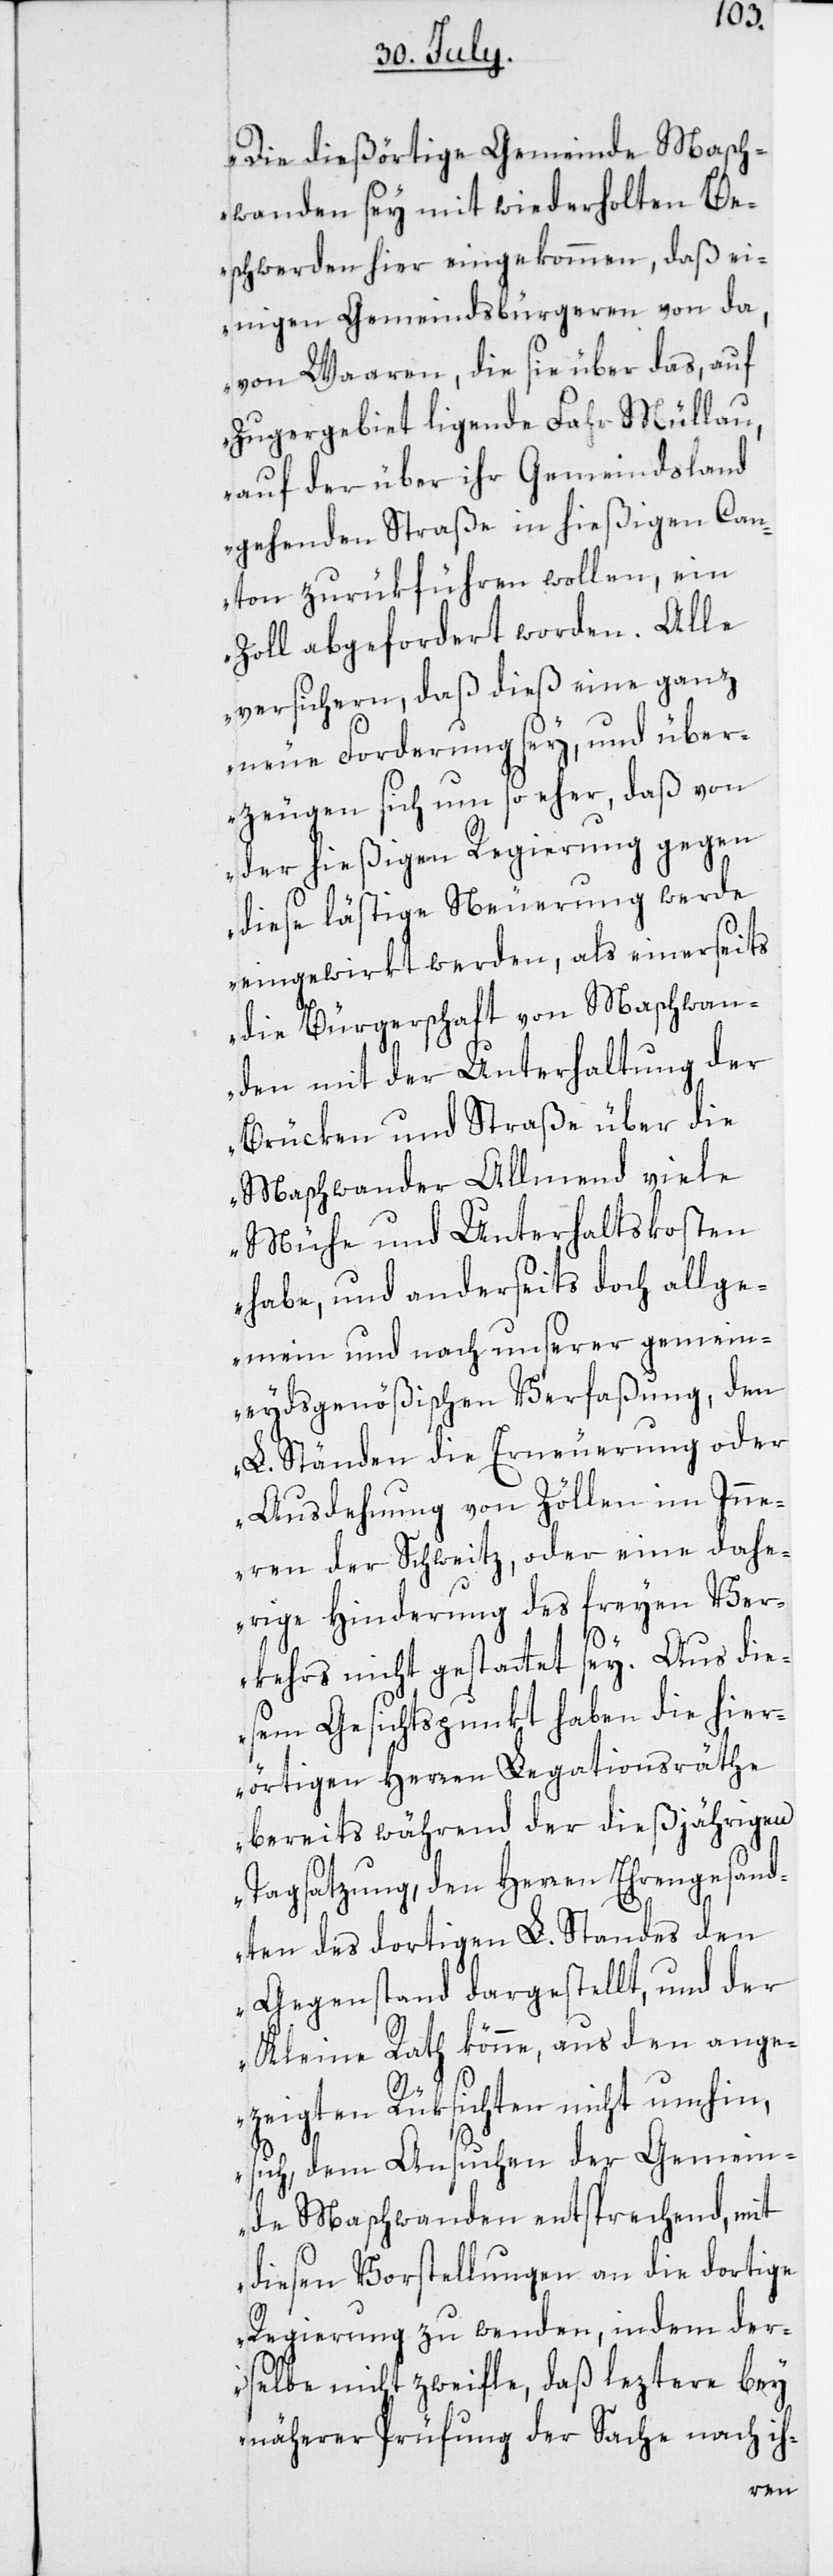
„Die dießörtige Gemeinde Masch¬
wanden sey mit wiederholten Be¬
schwerden hier eingekommen, daß ei¬
nigen Gemeindsbürgeren von da,
von Waaren, die sie über das, auf
Zugergebiet ligende Fahr Müllau,
auf der über ihr Gemeindsland
gehenden Straße in hießigen Can¬
ton zurükführen wollen, ein
Zoll abgefordert worden. Alle
versichern, daß dieß eine ganz
neue Forderung sey, und über¬
zeugen sich um so eher, daß von
der hießigen Regierung gegen
diese lästige Neuerung werde
eingewirkt werden, als einerseits
die Bürgerschaft von Maschwan¬
den mit der Unterhaltung der
Brücken und Straße über die
Maschwander Allmend viele
Mühe und Unterhaltskosten
habe, und anderseits doch allge¬
mein und nach unserer gemein¬
eydsgenößischen Verfaßung, den
L. Ständen die Erneuerung oder
Ausdehnung von Zöllen im Inne¬
ren der Schweitz, oder eine dahe¬
rige Hinderung des freyen Ver¬
kehrs nicht gestattet sey. Aus die¬
sem Gesichtspunkt haben die hier¬
örtigen Herren Legationsräte
bereits während der dießjährigen
Tagsatzung, den Herren Ehrengesand¬
ten des dortigen L. Standes den
Gegenstand dargestellt, und der
Kleine Rath könne, aus den ange¬
zeigten Rüksichten nicht umhin,
sich, dem Ansuchen der Gemein¬
de Maschwanden entsprechend, mit
diesen Vorstellungen an die dortige
Regierung zu wenden, indem der¬
selbe nicht zweifle, daß leztere bey
näherer Prüfung der Sache nach ih-